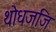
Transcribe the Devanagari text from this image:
थोधजजि